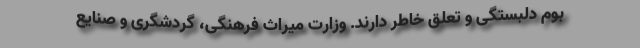
بوم دلبستگی و تعلق خاطر دارند. وزارت میراث فرهنگی، گردشگری و صنایع